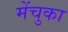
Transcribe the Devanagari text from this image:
मेंचुका